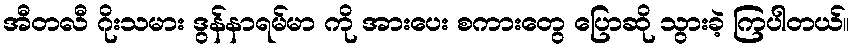
အီတလီ ဂိုးသမား ဒွန်နာရမ်မာ ကို အားပေး စကားတွေ ပြောဆို သွားခဲ့ ကြပါတယ်။